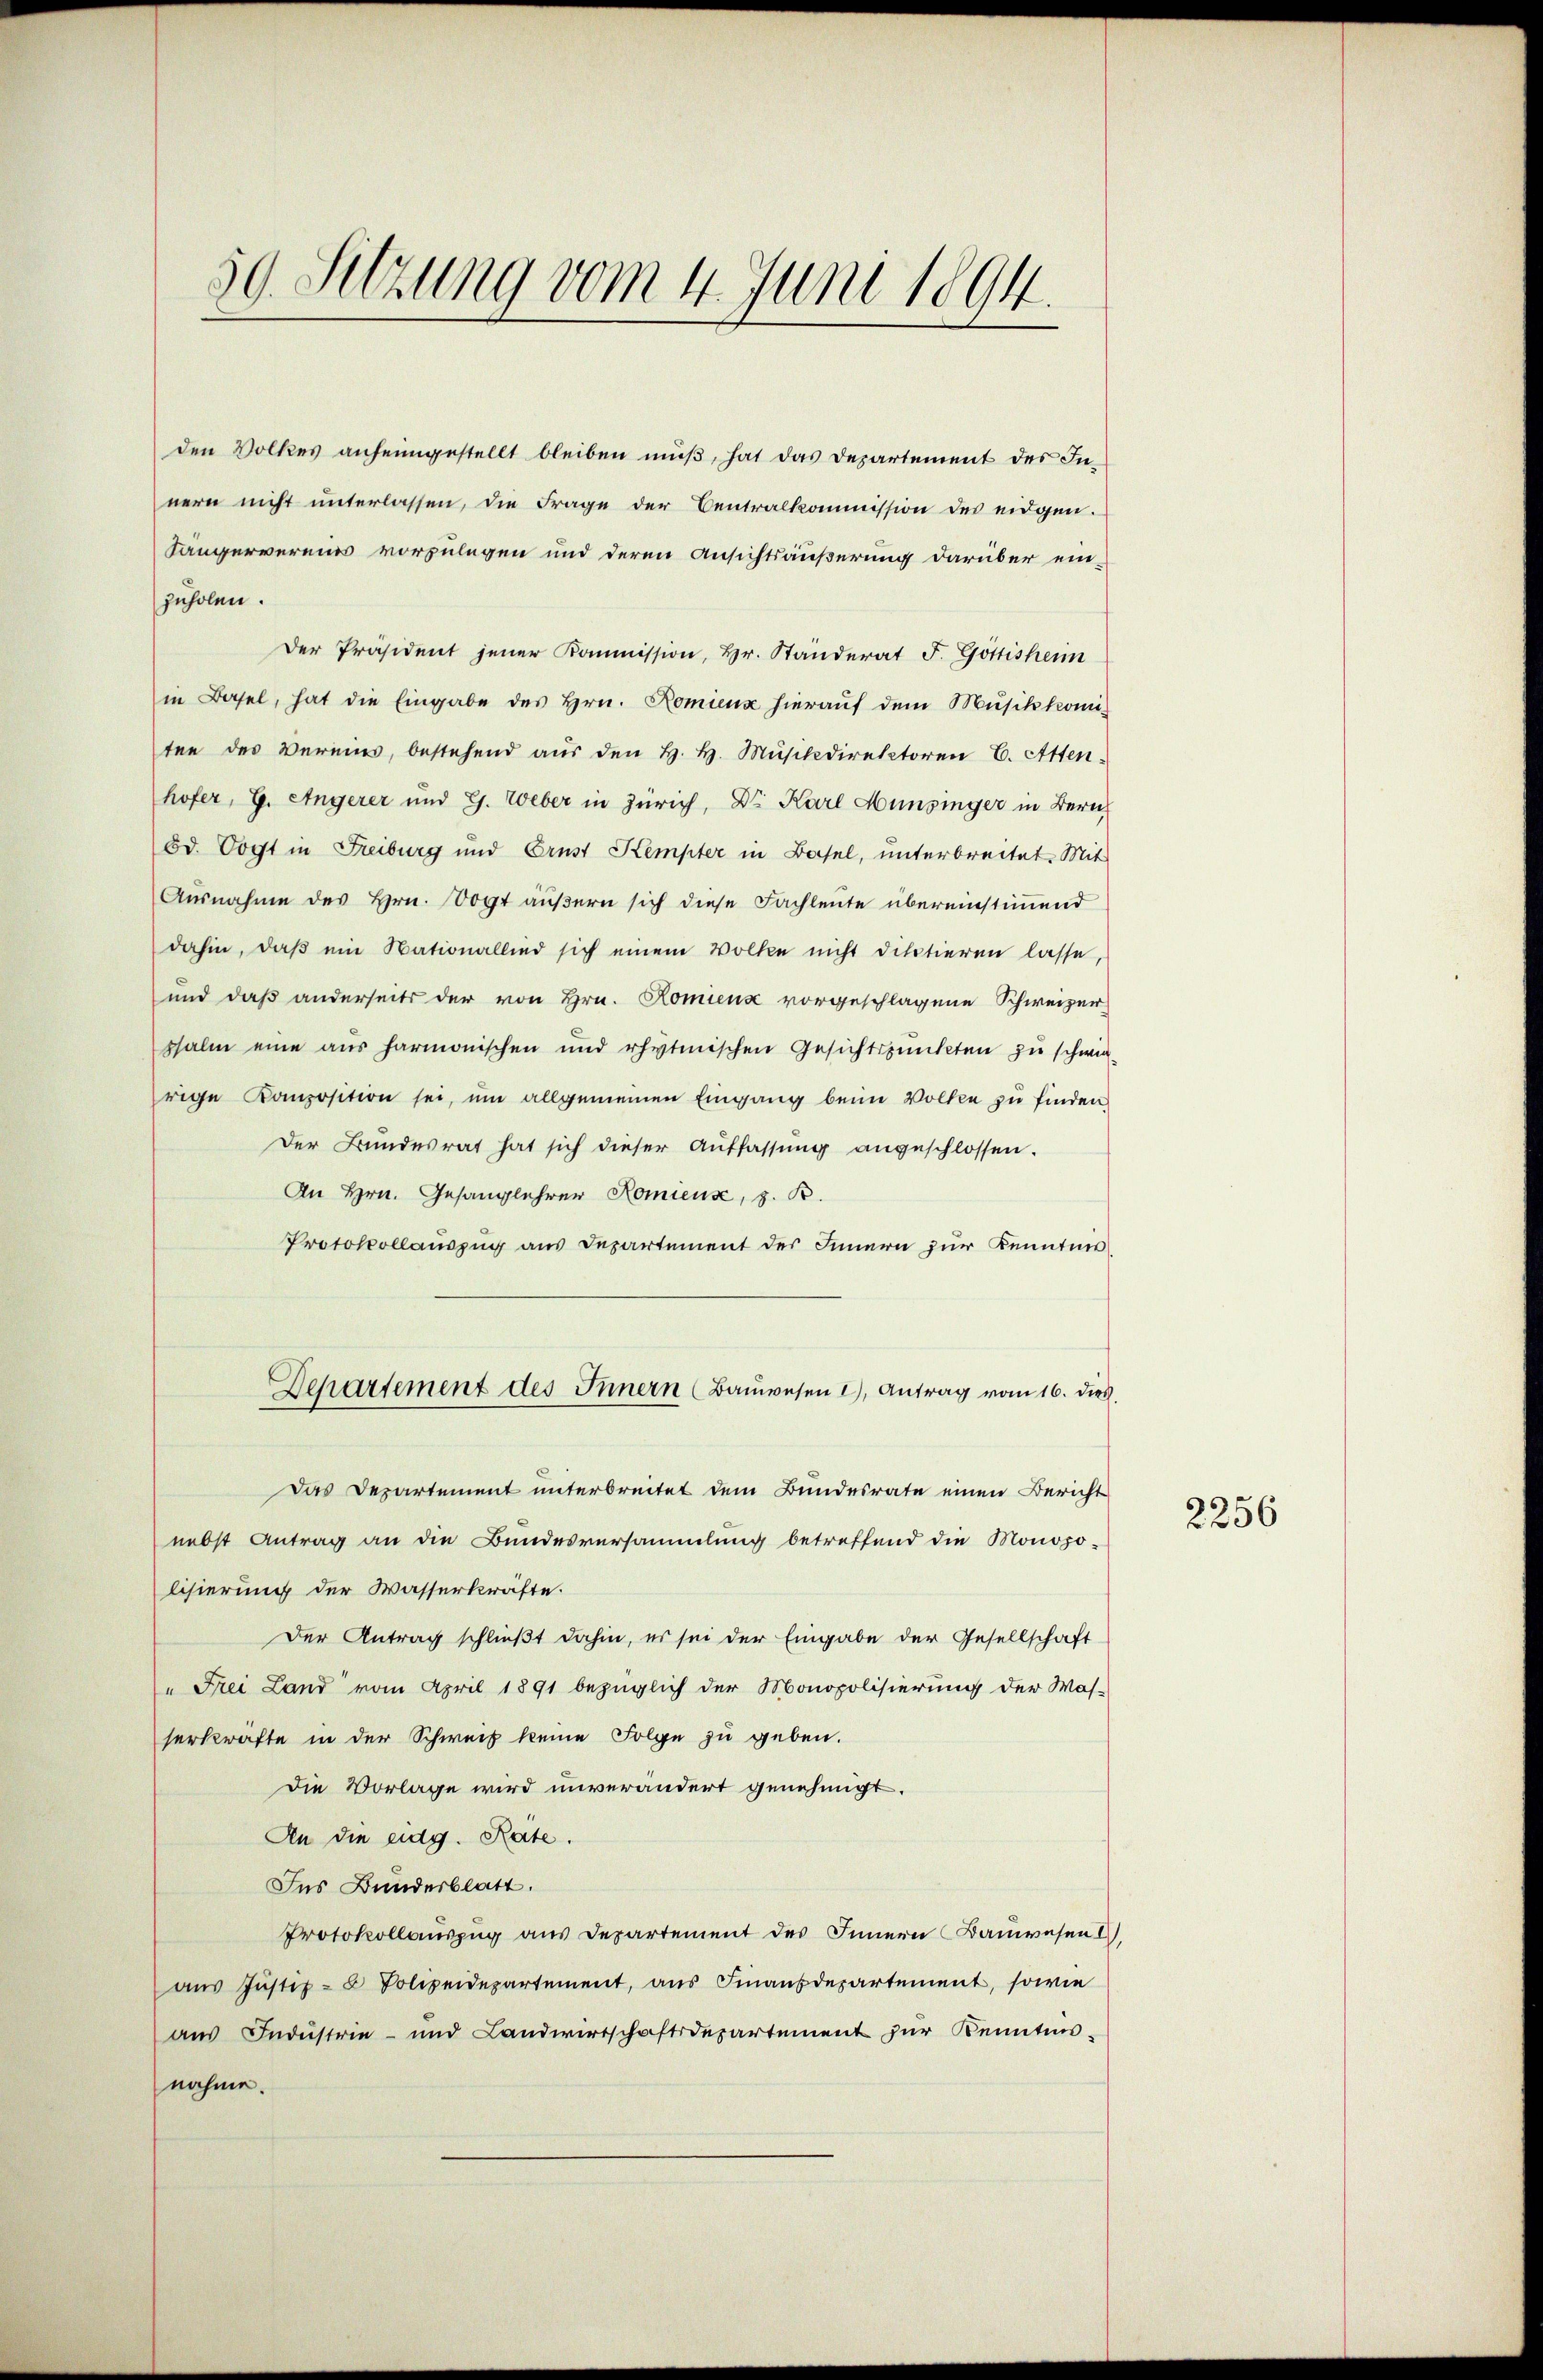
den Volkes anheimgestellt bleiben muß, hat das Departement des Innern nicht unterlassen, die Frage der Centralkommission des eidgen.
Längervereins vorzulegen und deren Ansichtsäußerung darüber ein-
zuholen.
Der Präsident jener Kommission, Hr. Ständerat F. Göttisheim
in Basel, hat die Eingabe des Hrn. Romienz hierauf dem Musik komiten des Vermins, bestehend aus den H. H. Musikdirektoren E. Atten
hofer, G. Angerer und G. Weber in Zürich, Dr. Karl Münsinger in Bern,
Bd. Vogt in Freiburg und Ernst Kempter in Basel, unterbreitet. Mit
Ausnahme des Hrn. Vogt äußern sich diese Fachleute übereinstimmend
dahin, daβ ein Nationallied sich einem Volke nicht ditatieren lasse,
und daß anderseits der von Hrn. Komienz vorgeschlagene Schweizer-
psalm eine aus harmonischen und rhytmischen Gesichtspunkten zu schwefrige Komposition sei, um allgemeinen Eingang beim Volken zu finden,
Der Bundesrat hat sich dieser Auffassung angeschlossen.
An Hrn. Gesanglehrer Nomienz, z. B.
Protokollauszug aus Departement des Innern zur Kenntnis
Departement des Innern (Baŭwesen 2), Antrag vom 16. dies
Das Departement unterbreitet dem Bundesrate einen Bericht
nebst Antrag an die Bundesversammlung betreffend die Monopo-
lisierung der Wasserkräfte.
Der Antrag schließt dahin, es sei der Eingabe der Gesellschaft
" Frei Land vom April 1891 bezüglich der Monopolisierung der Was-
serkräfte in der Schweiz keine Folge zu geben.
Die Vorlage wird unverändert genehmigt.
An die eidg. Rate.
Ins Bundesblatt.
Protokollauszug aus Departement des Innern Bauwesen I,
aŭs Jŭstiz- & Polizeidepartement, aŭs Finanzdepartement, sowie
aŭs Indŭstrie- und Landwirtschaftsdepartement zŭr Kenntnis-
nahme.

50. Setzung vom 4. Juni 1894.

2256